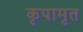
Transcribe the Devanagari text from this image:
कृपामृत